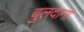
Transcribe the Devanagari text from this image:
बुलदाना